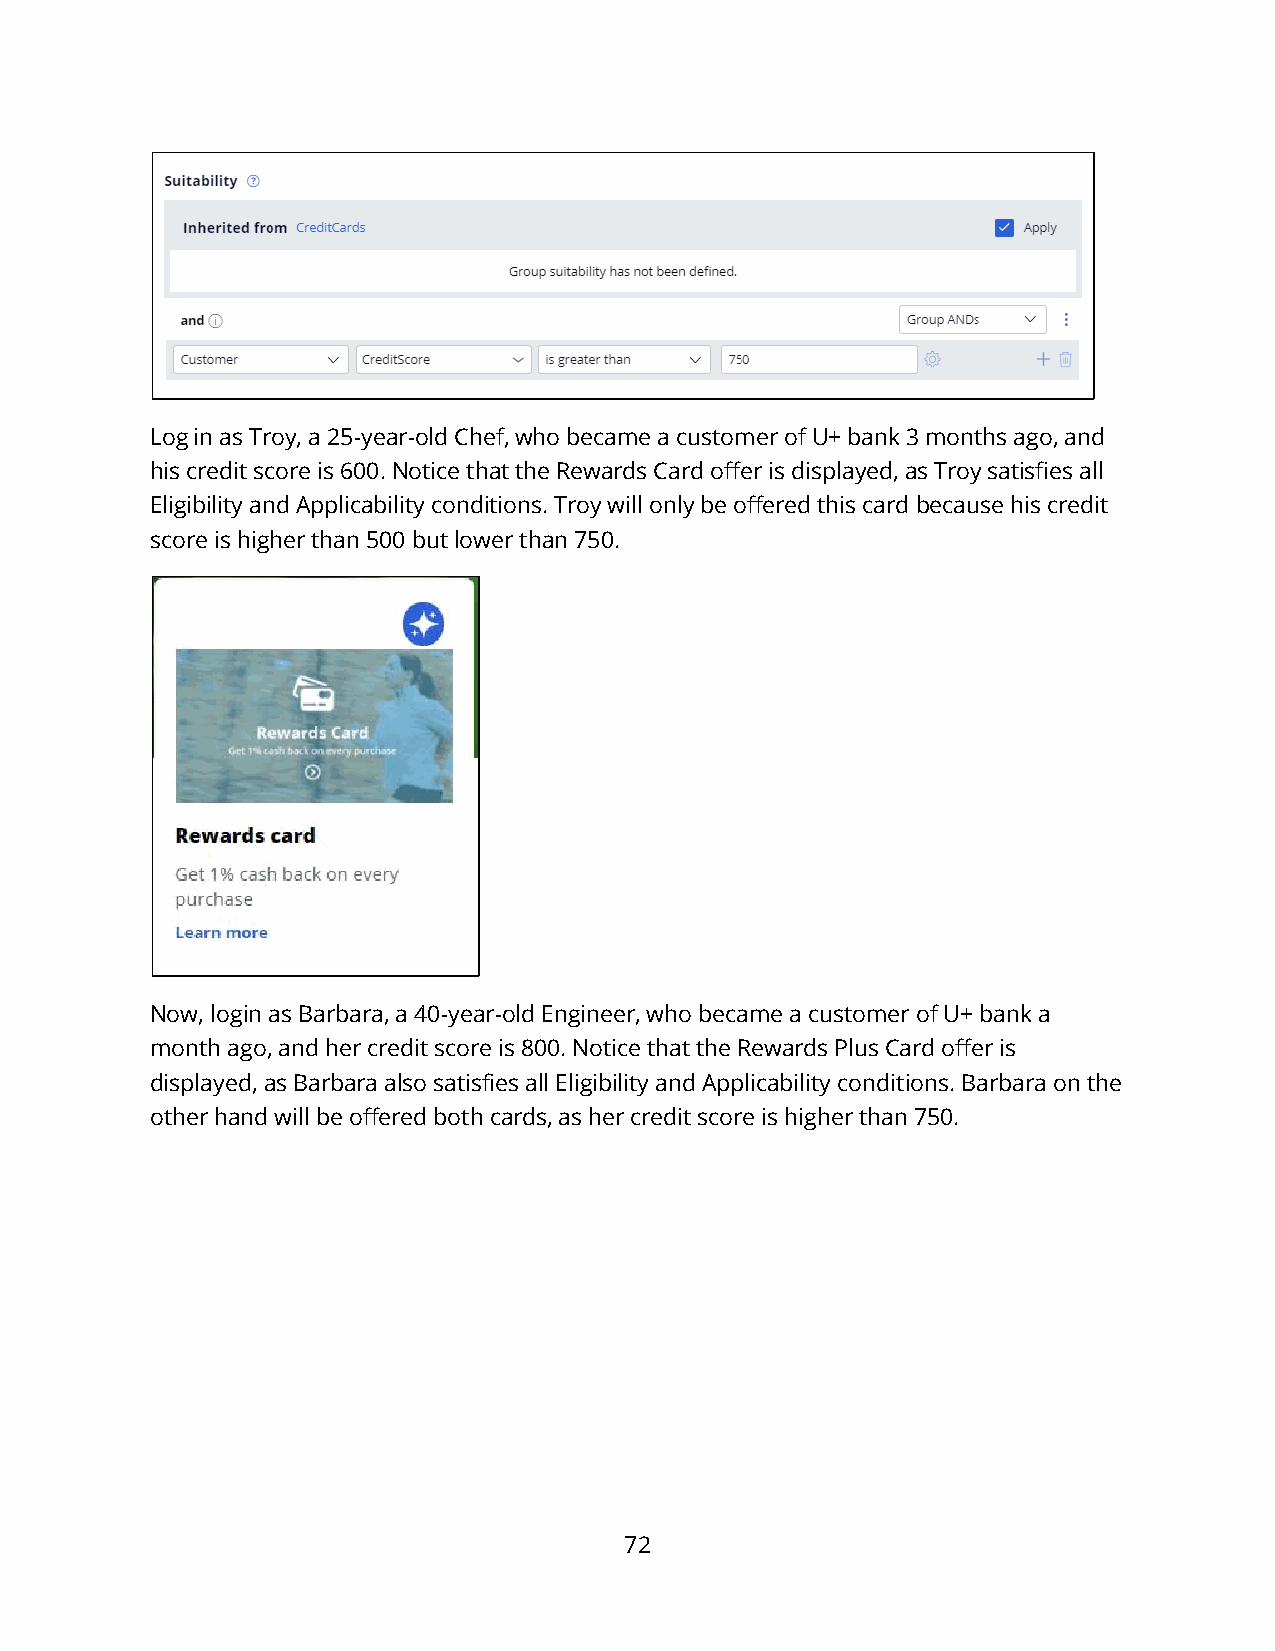
Log in as Troy, a 25-year-old Chef, who became a customer of U+ bank 3 months ago, and
 his credit score is 600. Notice that the Rewards Card offer is displayed, as Troy satisfies all
 Eligibility and Applicability conditions. Troy will only be offered this card because his credit
 score is higher than 500 but lower than 750.
 Now, login as Barbara, a 40-year-old Engineer, who became a customer of U+ bank a
 month ago, and her credit score is 800. Notice that the Rewards Plus Card offer is
 displayed, as Barbara also satisfies all Eligibility and Applicability conditions. Barbara on the
 other hand will be offered both cards, as her credit score is higher than 750.
 72